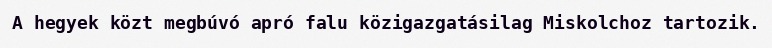
A hegyek közt megbúvó apró falu közigazgatásilag Miskolchoz tartozik.